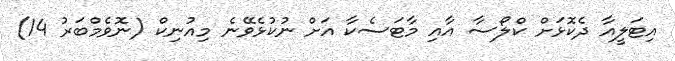
އިޓަލީއާ ދެކޮޅަށް ކްލޯސާ އާއި މާޓަސެކާ އަށް ނުކުޅެވޭނެ މިއުނިކް (ނޮވެމްބަރު 14)